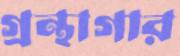
গ্রন্থাগার